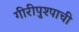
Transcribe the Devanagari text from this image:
गीरीपुश्पाची